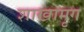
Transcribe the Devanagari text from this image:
शाखामृग